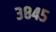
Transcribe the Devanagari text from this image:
३८४५